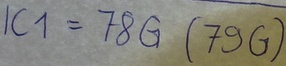
Text: IC1+78G(79G)